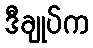
ဒီချုပ်က